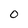
Character: 0